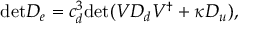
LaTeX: \mathrm { d e t } D _ { e } = c _ { d } ^ { 3 } \mathrm { d e t } ( V D _ { d } V ^ { \dagger } + { \kappa } D _ { u } ) ,